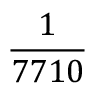
\frac { 1 } { 7 7 1 0 }